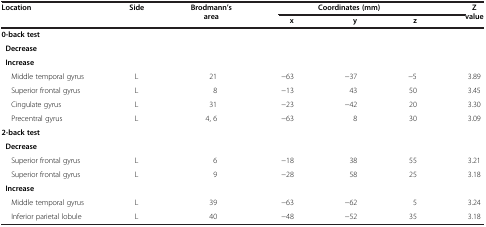
| Location | Side | Brodmann’s area | <COLSPAN=3> Coordinates (mm) | Z value |
 |  |  |  | x | y | z |  |
 | --- | --- | --- | --- | --- | --- | --- |
 | <COLSPAN=7> 0-back test |
 | <COLSPAN=7> Decrease |
 | <COLSPAN=7> Increase |
 | Middle temporal gyrus | L | 21 | −63 | −37 | −5 | 3.89 |
 | Superior frontal gyrus | L | 8 | −13 | 43 | 50 | 3.45 |
 | Cingulate gyrus | L | 31 | −23 | −42 | 20 | 3.30 |
 | Precentral gyrus | L | 4, 6 | −63 | 8 | 30 | 3.09 |
 | <COLSPAN=7> 2-back test |
 | <COLSPAN=7> Decrease |
 | Superior frontal gyrus | L | 6 | −18 | 38 | 55 | 3.21 |
 | Superior frontal gyrus | L | 9 | −28 | 58 | 25 | 3.18 |
 | <COLSPAN=7> Increase |
 | Middle temporal gyrus | L | 39 | −63 | −62 | 5 | 3.24 |
 | Inferior parietal lobule | L | 40 | −48 | −52 | 35 | 3.18 |